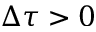
\Delta \tau > 0